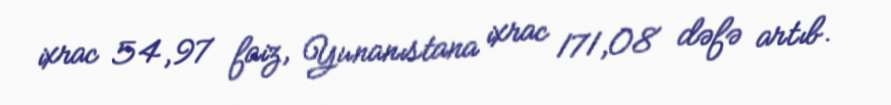
ixrac 54,97 faiz, Yunanıstana ixrac 171,08 dəfə artıb.